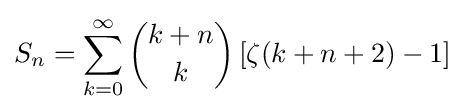
S_{n}=\sum _{k=0}^{\infty }{k+n \choose k}\left[\zeta (k+n+2)-1\right]